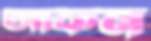
আকন